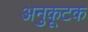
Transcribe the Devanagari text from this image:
अनुकूटक